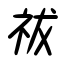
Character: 祓